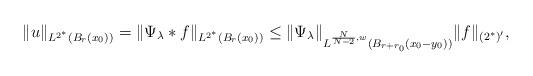
LaTeX: \begin{align*} \|u\|_{L^{2^\ast}(B_r(x_0))}=\|\Psi_\lambda\ast f\|_{L^{2^\ast}(B_r(x_0))}\leq \|\Psi_\lambda\|_{L^{\frac{N}{N-2},w}(B_{r+r_0}(x_0-y_0))} \|f\|_{(2^\ast)'},\end{align*}